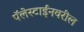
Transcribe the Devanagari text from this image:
पॅलेस्टाईनवरील